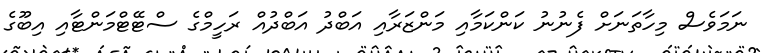
ނަމަވެސް މިހާތަނަށް ފެނުނު ކަންކަމާއި މަންޒަރާއި އަބްދު އަބްދުއް ރަހީމްގެ ސްޓޭޓްމަންޓާއި އިބޫގެ